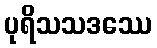
ပုရိသသဒဿေ